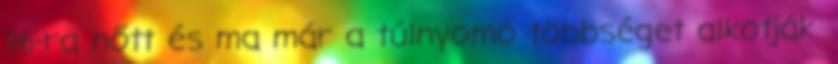
%-ra nőtt és ma már a túlnyomó többséget alkotják.